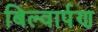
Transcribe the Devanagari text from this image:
बिल्वार्पण